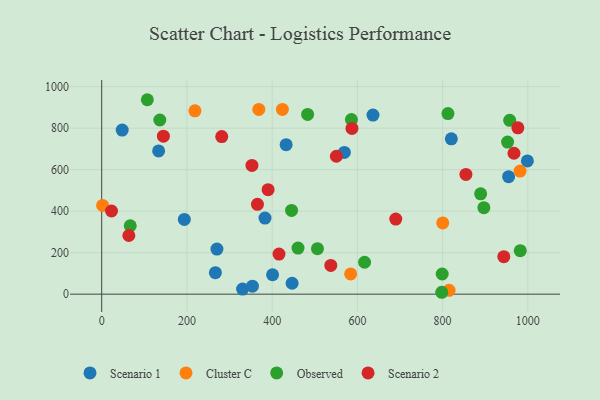
{"axis": {"x": "Speed", "y": "Exam Score"}, "legend": ["Cluster C", "Observed", "Scenario 1", "Scenario 2"], "data": [{"x": "954.9", "y": 566.3, "type": "Scenario 1"}, {"x": "820.5", "y": 748.7, "type": "Scenario 1"}, {"x": "446.8", "y": 52.7, "type": "Scenario 1"}, {"x": "330.6", "y": 24.5, "type": "Scenario 1"}, {"x": "998.9", "y": 642.1, "type": "Scenario 1"}, {"x": "270.4", "y": 217.5, "type": "Scenario 1"}, {"x": "401.0", "y": 93.5, "type": "Scenario 1"}, {"x": "636.6", "y": 862.9, "type": "Scenario 1"}, {"x": "266.8", "y": 103.4, "type": "Scenario 1"}, {"x": "193.9", "y": 360.2, "type": "Scenario 1"}, {"x": "432.8", "y": 720.5, "type": "Scenario 1"}, {"x": "383.2", "y": 366.8, "type": "Scenario 1"}, {"x": "569.4", "y": 682.8, "type": "Scenario 1"}, {"x": "48.1", "y": 790.6, "type": "Scenario 1"}, {"x": "353.7", "y": 38.3, "type": "Scenario 1"}, {"x": "133.6", "y": 690.5, "type": "Scenario 1"}, {"x": "368.7", "y": 890.3, "type": "Cluster C"}, {"x": "218.8", "y": 883.5, "type": "Cluster C"}, {"x": "584.2", "y": 97.4, "type": "Cluster C"}, {"x": "815.2", "y": 18.5, "type": "Cluster C"}, {"x": "981.8", "y": 593.0, "type": "Cluster C"}, {"x": "2.2", "y": 427.8, "type": "Cluster C"}, {"x": "800.3", "y": 343.1, "type": "Cluster C"}, {"x": "424.0", "y": 890.2, "type": "Cluster C"}, {"x": "506.3", "y": 219.3, "type": "Observed"}, {"x": "812.5", "y": 870.4, "type": "Observed"}, {"x": "896.8", "y": 417.0, "type": "Observed"}, {"x": "798.0", "y": 9.1, "type": "Observed"}, {"x": "616.9", "y": 153.9, "type": "Observed"}, {"x": "952.5", "y": 732.7, "type": "Observed"}, {"x": "460.7", "y": 222.0, "type": "Observed"}, {"x": "483.2", "y": 866.0, "type": "Observed"}, {"x": "67.0", "y": 329.7, "type": "Observed"}, {"x": "889.2", "y": 483.6, "type": "Observed"}, {"x": "799.0", "y": 97.2, "type": "Observed"}, {"x": "586.0", "y": 841.4, "type": "Observed"}, {"x": "982.2", "y": 209.8, "type": "Observed"}, {"x": "957.4", "y": 837.6, "type": "Observed"}, {"x": "445.5", "y": 403.4, "type": "Observed"}, {"x": "107.1", "y": 937.0, "type": "Observed"}, {"x": "136.4", "y": 839.3, "type": "Observed"}, {"x": "23.1", "y": 400.7, "type": "Scenario 2"}, {"x": "976.6", "y": 801.5, "type": "Scenario 2"}, {"x": "416.1", "y": 193.4, "type": "Scenario 2"}, {"x": "281.7", "y": 759.6, "type": "Scenario 2"}, {"x": "690.1", "y": 362.0, "type": "Scenario 2"}, {"x": "587.3", "y": 798.7, "type": "Scenario 2"}, {"x": "537.6", "y": 138.5, "type": "Scenario 2"}, {"x": "854.7", "y": 577.0, "type": "Scenario 2"}, {"x": "352.6", "y": 620.3, "type": "Scenario 2"}, {"x": "390.5", "y": 503.6, "type": "Scenario 2"}, {"x": "63.7", "y": 282.8, "type": "Scenario 2"}, {"x": "943.6", "y": 180.7, "type": "Scenario 2"}, {"x": "967.5", "y": 679.1, "type": "Scenario 2"}, {"x": "144.8", "y": 761.5, "type": "Scenario 2"}, {"x": "550.7", "y": 664.5, "type": "Scenario 2"}, {"x": "365.5", "y": 432.9, "type": "Scenario 2"}]}